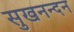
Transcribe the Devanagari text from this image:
सुखनन्दन